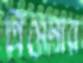
প্রিসেনার